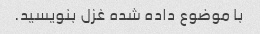
با موضوع داده شده غزل بنویسید.